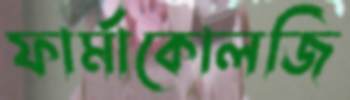
ফার্মাকোলজি